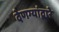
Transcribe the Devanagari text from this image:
देणग्यांद्वारे